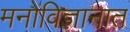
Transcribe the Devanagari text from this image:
मनोविज्ञानात